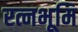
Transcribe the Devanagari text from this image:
रत्नभूमि